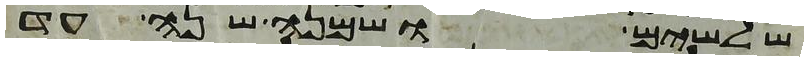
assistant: שלשים ושמנה שנה עד